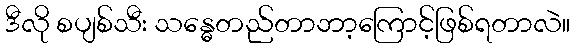
ဒီလို စပျစ်သီး သန္ဓေတည်တာဘာ့ကြောင့်ဖြစ်ရတာလဲ။